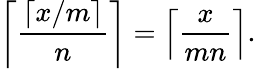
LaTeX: \left\lceil{\frac{\lceil x/m\rceil}{n}}\right\rceil=\left\lceil{\frac{x}{mn}}\right\rceil.